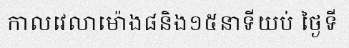
កាលវេលាម៉ោង៨និង១៥នាទីយប់ ថ្ងៃទី